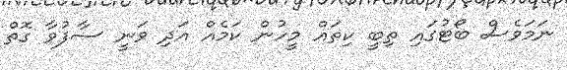
ނަމަވެސް ބޯޓުގައި ތިބީ ކިތައް މީހުން ކަމެއް އަދި ވަނީ ސާފުވާ ގޮތް